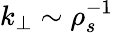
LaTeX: k_{\perp}\sim\rho_{s}^{-1}